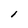
Character: l